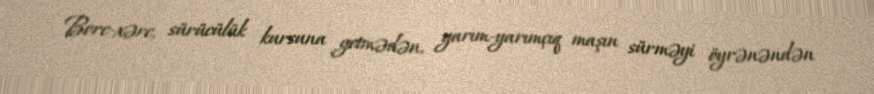
Borc-xərc, sürücülük kursuna getmədən, yarım-yarımçıq maşın sürməyi öyrənəndən